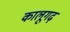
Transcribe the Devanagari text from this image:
कालूगढ़